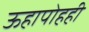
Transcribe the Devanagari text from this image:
ऊहापोहही